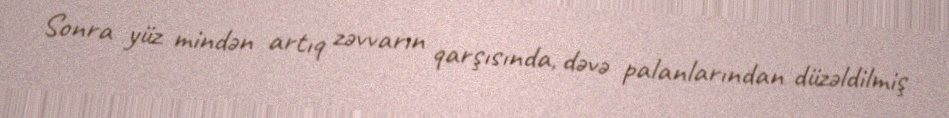
Sonra yüz mindən artıq zəvvarın qarşısında, dəvə palanlarından düzəldilmiş